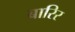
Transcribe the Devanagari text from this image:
बारिर